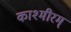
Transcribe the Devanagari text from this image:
काश्मीरम्